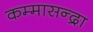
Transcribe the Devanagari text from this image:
कम्मासन्द्रा